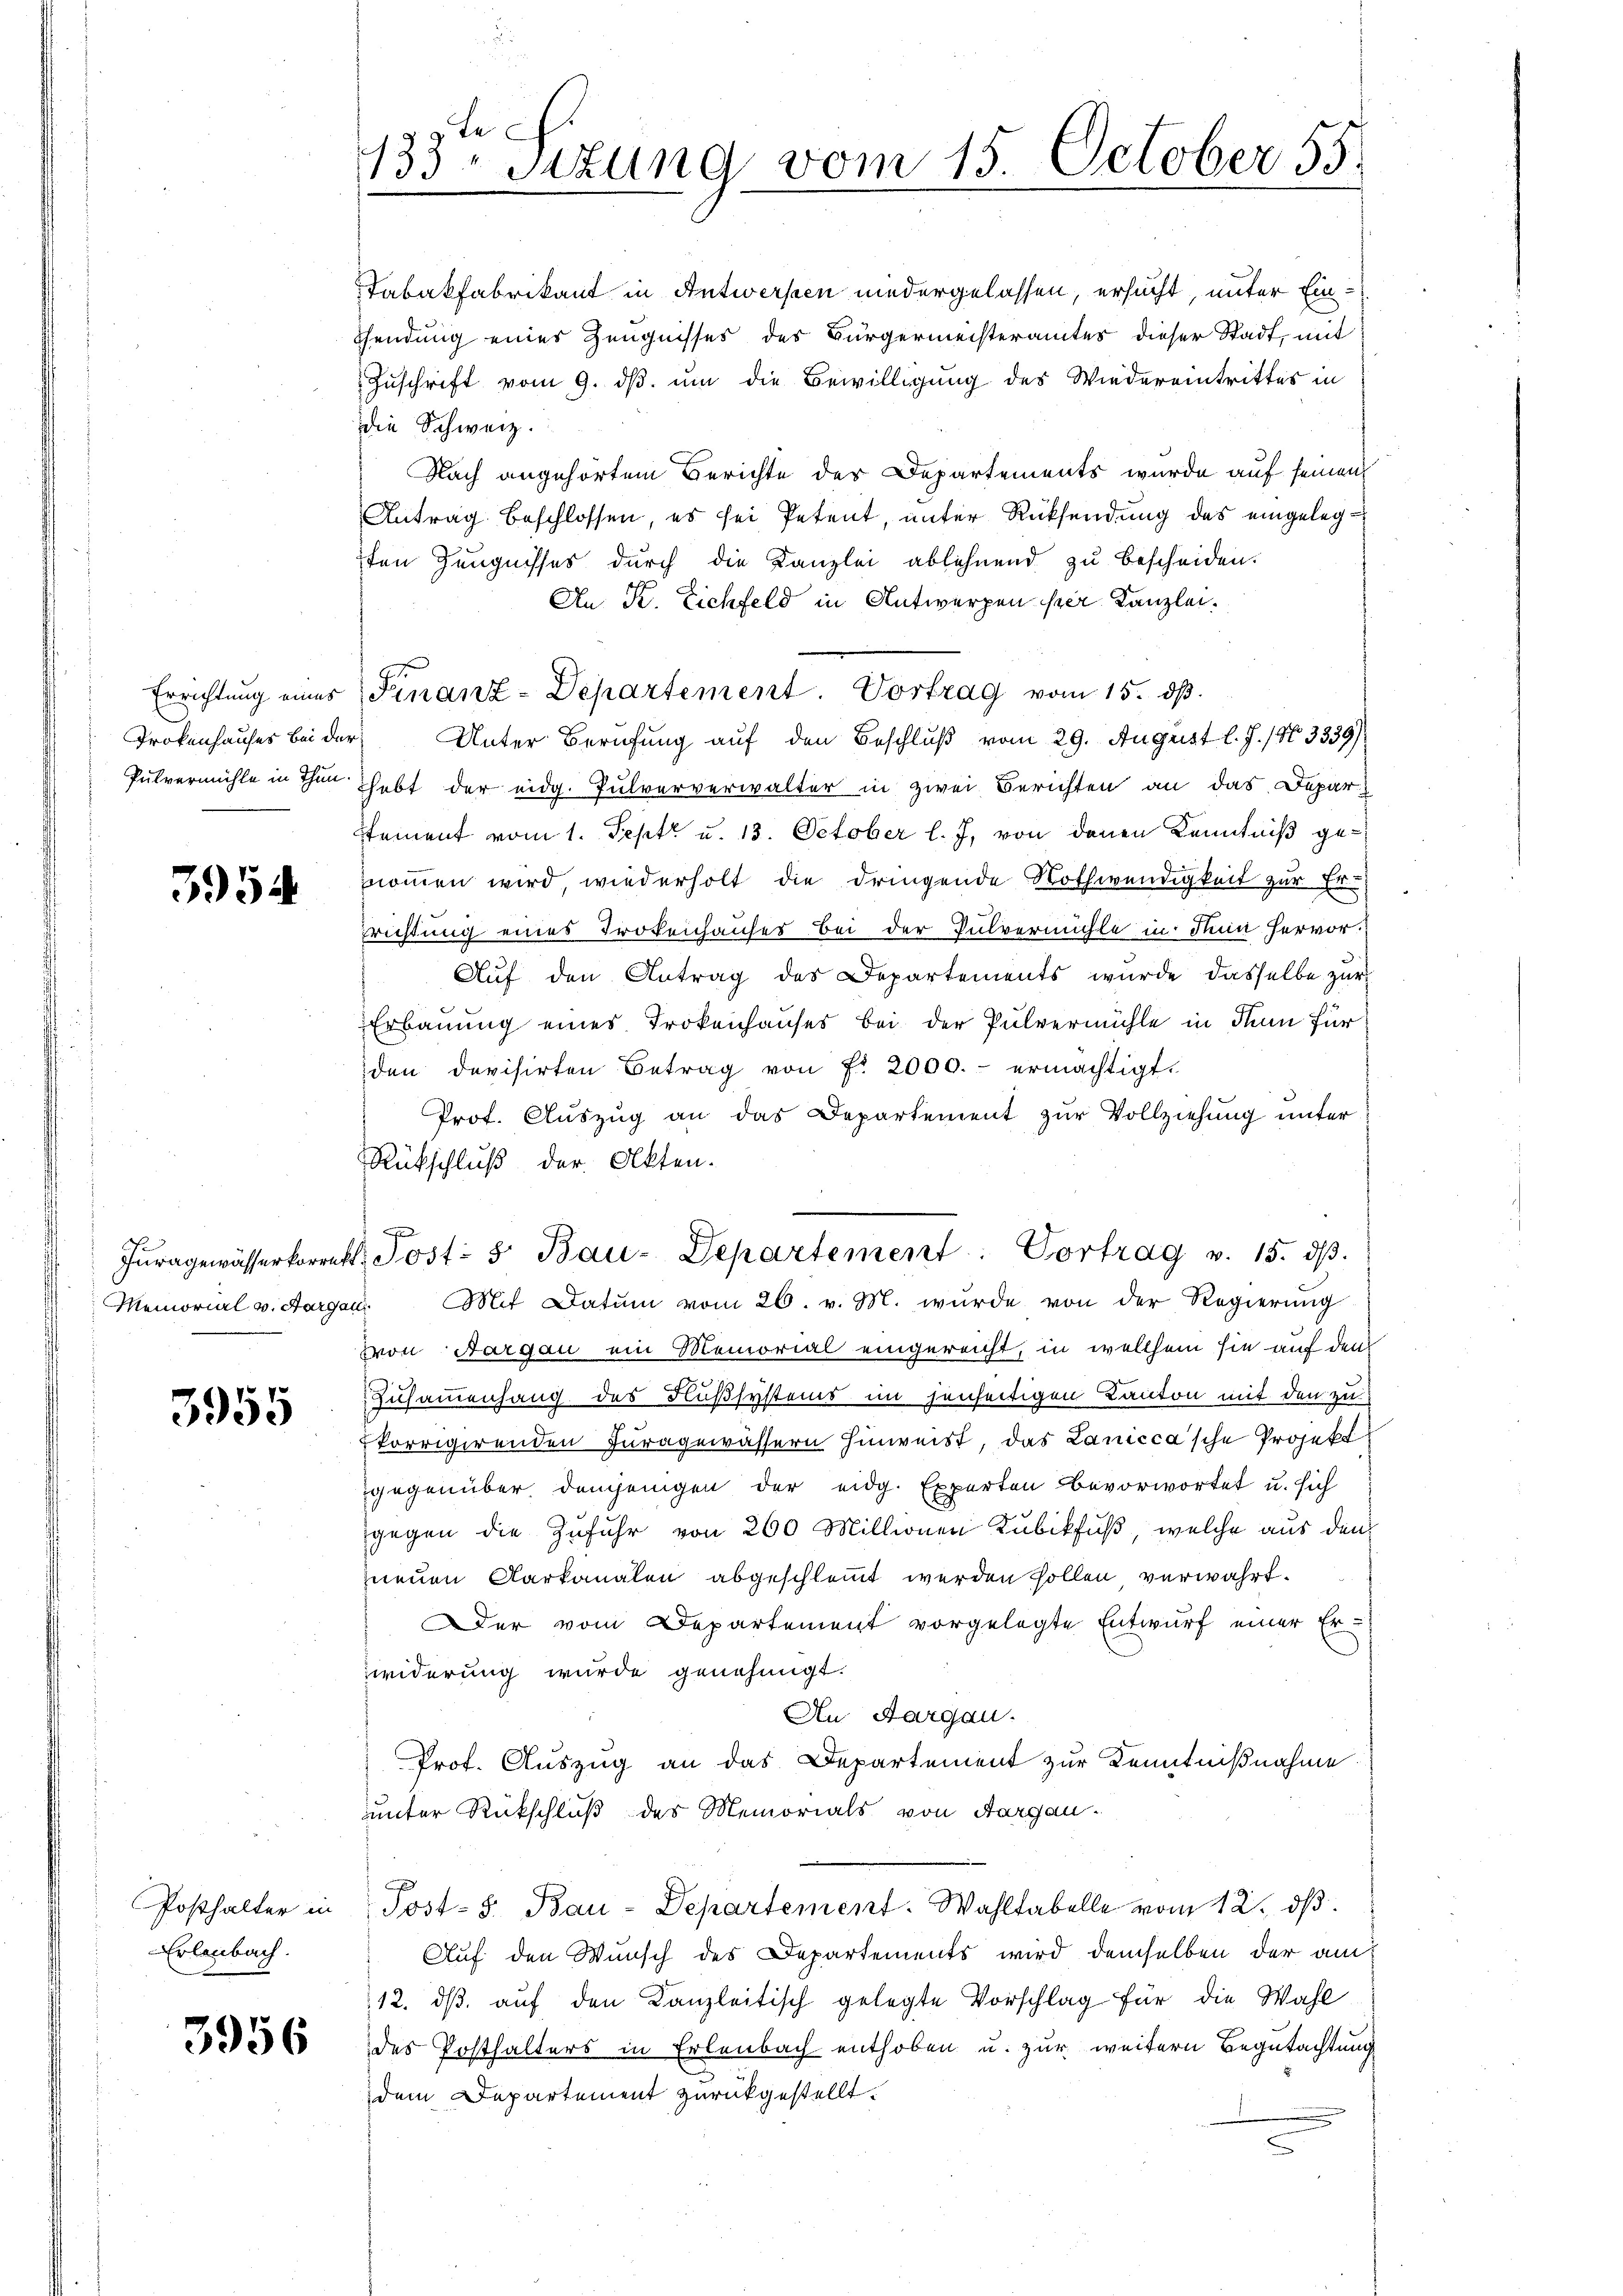
Trokenhauses bei der
Pulvermühle in Thun

3954

Iuragewässerkorrekt
Memorial v. Aargau

3955

Posthalter in
Erlenbach.

3956

9 te
133 sizung vom 15. October 55.

Tabakfabrikant in Antwerseen niedergelassen, ersucht, unter Einsendung eines Zeugnisses des Bürgermeisteramtes dieser Stadt, mit
Zuschrift vom 9. ds. um die Bewilligung des Wiedereintrittes in
die Schweiz.
Nach angehörtem Berichte der Departements wurde auf seinen
Antrag beschlossen, es sei Petent, unter Rücksendung des eingelegsten Zeugnisses durch die Kanzlei ablehnend zu bescheiden.
An K. Eichfeld in Antwerpen ser Kanzlei.
Errichtung eines Finanz-Departement. Vortrag vom 15. dß.
Unter Berufung auf den Beschluß vom 29. August l. J. 1803339)
hebt der eidg. Pulververwalter in zwei Berichten an das Depar
Stement vom 1. Septe u. 13. October l. J. von denen Kenntniß genommen wird wiederholt die dringende Nothwendigkeit zur Er-
Trichtung eines Trokenhauses bei der Pulvermühle in Thun hervor.
Auf den Antrag des Departements wurde dasselbe zur
Erbauung eines Trokenhauses bei der Pulvermühle in denn für
den devisirten Betrag von f. 2000.- ermächtigt.
Prof. Auszug an das Departement zur Vollziehung unter
Rückschluß der Akten.
x
Jost- 5. Bau-Departement: Vortrag v. 15. dβ.
Mit Datum vom 26. v. M. wurde von der Regierung
von Aargau ein Memorial eingereicht, in welchem sie auf den
Zusammenhang des Flußsystems im jenseitigen Kanton mit den zu
korrigirenden Juragewässern hinweist, das Lanicca’sche Projekt
gegenüber demjenigen der eidg. Experten bevorwortet u. sich
gegen die Zufuhr von 260 Millionen Kubikfuß, welche aus den
neuen Carkanalen abgeschlommt werden sollen, verwahrt.
er vom Departement vorgelegte Entwurf einer Er-
widerung wurde genehmigt.
An Aargau.
Prof. Auszug an das Departement zur Kenntnißnahme
uunter Rückschluß des Memorials von Aargau¬
Post- u. Bau-Departement. Wahltabelle vom 12. dβ.
Auf den Wunsch des Departements wird demselben der am
12. dβ aŭf den Kanzleitisch gelegte Vorschlag für die Wahl
des Posthalters in Erlenbach enthoben u. zur weitern Begutachtung
dem Departement zurückgestellt.